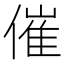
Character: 催